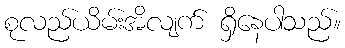
စုလည်ယိမ်းအိလျက် ရှိနေပါသည်။